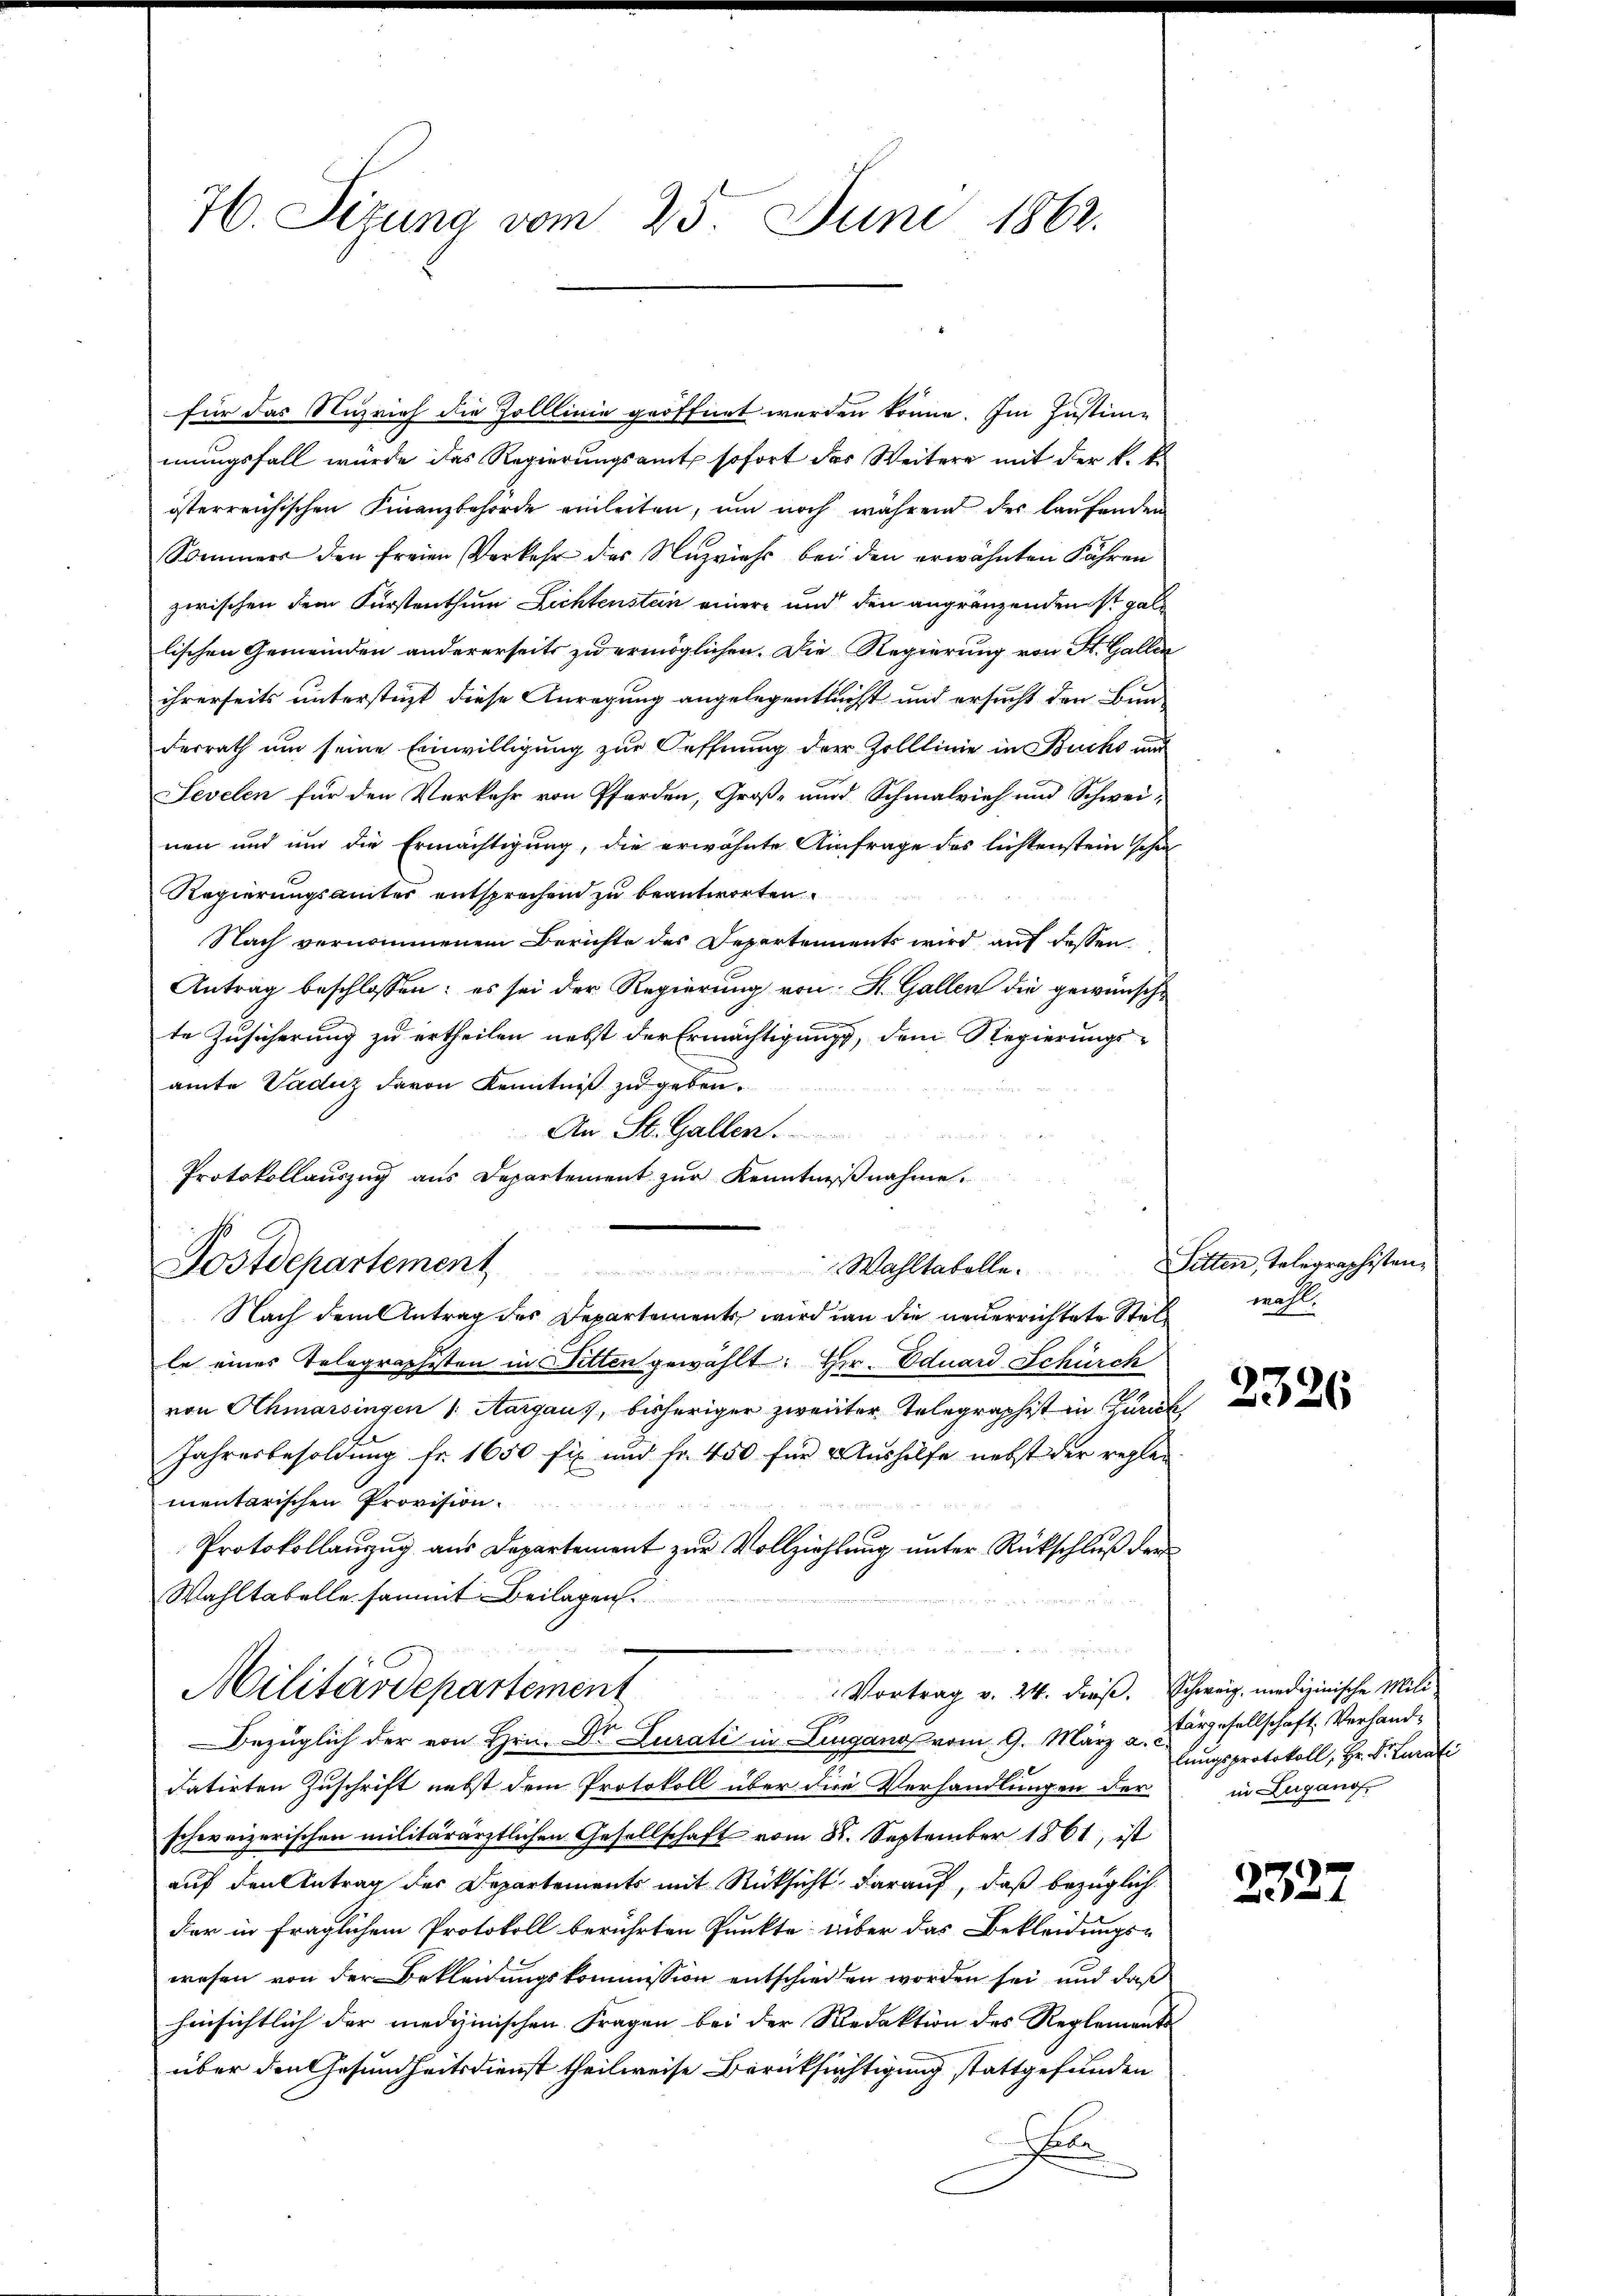
76. Sizung vom 23. Juni 1862.

Postdepartement

für das Nuzrich die Zolllinie geöffnet werden könne. Im Justim-
mungsfall würde das Regierungsamt sofort das Weitere mit der k. k.
österreichischen Finanzbehörde einleiten, um noch während der laufenden
Sommers den freien Verkehr des Nuzvieh bei den erwähnten Fähren
zwischen dem Fürstenthum Lichtenstein einere und den angränzenden ist gab
lischen Gemeinden andererseits zu ermöglichen. Die Regierung von St. Gallen
ihrerseits unterstüzt diese Anregung angelegentlichst und ersucht den Bunderrath um seine Einwilligung zur Oeffnung der Zolllinie in Buchs aus
Sevelen für den Verkehr von Pferden, Groß- und Schmalvieh und Schwei-
nen und und die Ermächtigung, die erwähnte Anfrage des lichtenstein schon
Regierungsämter entsprechend zu beantworten.
Nach vernommenem Berichte des Desertements wird auf dessen
Antrag beschlossen: es sei der Regierung von St. Gallen die gewünsche

te Zusicherung zu ertheilen nebst der Ermächtigung, dem Regierungsamte Vaduz davon Kenntniß zu geben.
An St. Gallen.
Protokollauszug aus Departement zur Kenntnißnahme.
Nach dem Antrag des Departements wird an die neuerrichtete Stet wohl
le eines Telegraphisten in Sitten gewählt: Hr. Eduard Schürch
von Schmarsingen 1. Aargau
Jahresbesoldung fr. 1650 fix und Fr. 450 für Aushilfe nebst der reglei
mentarischen Provision.
Protokollanzug aus Departement zur Vollziehlung unter Rückschluß der
Wahltabelle sammt Beilagen.
Vortrag v. 24. dieß. Schweiz, medizinische Mili
Militärdepartement
x
Bezüglich der von Hrn. Dr. Lurali in Lugano vom 9. März a. Diesellschaft Verhanddatirten Zuschrift nebst dem Protokoll über die Verhandlungen der
schweizerischen militärärztlichen Gesellschaft vom 8. September 1861, ist
auf den Antrag des Departements mit Rücksicht darauf, daß bezüglich
dar in fraglichem Protokoll berührten Punkte über das Bekleidungs-
wesen von der Bekleidungskommission entschieden worden sei, und daß
hinsichtlich der medizinischen Fragen bei der Redaktion des Reglements
über den Gesundheitsdienst theilweise Berücksichtigung stattgefunden
be

Wahltabolle. Sitten, Telegraphisten¬

lungsprotokoll, Hr. Dr Curati
in Zuganof

2327